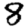
Digit: 8